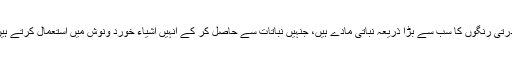
قدرتی رنگوں کا سب سے بڑا ذریعہ نباتی مادے ہیں، جنہیں نباتات سے حاصل کر کے انہیں اشیاء خورد ونوش میں استعمال کرتے ہیں۔